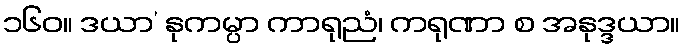
၁၆၀။ ဒယာ’ နုကမ္ပာ ကာရုညံ၊ ကရုဏာ စ အနုဒ္ဒယာ။